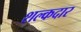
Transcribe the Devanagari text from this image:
शल्कदार